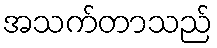
အသက်တာသည်